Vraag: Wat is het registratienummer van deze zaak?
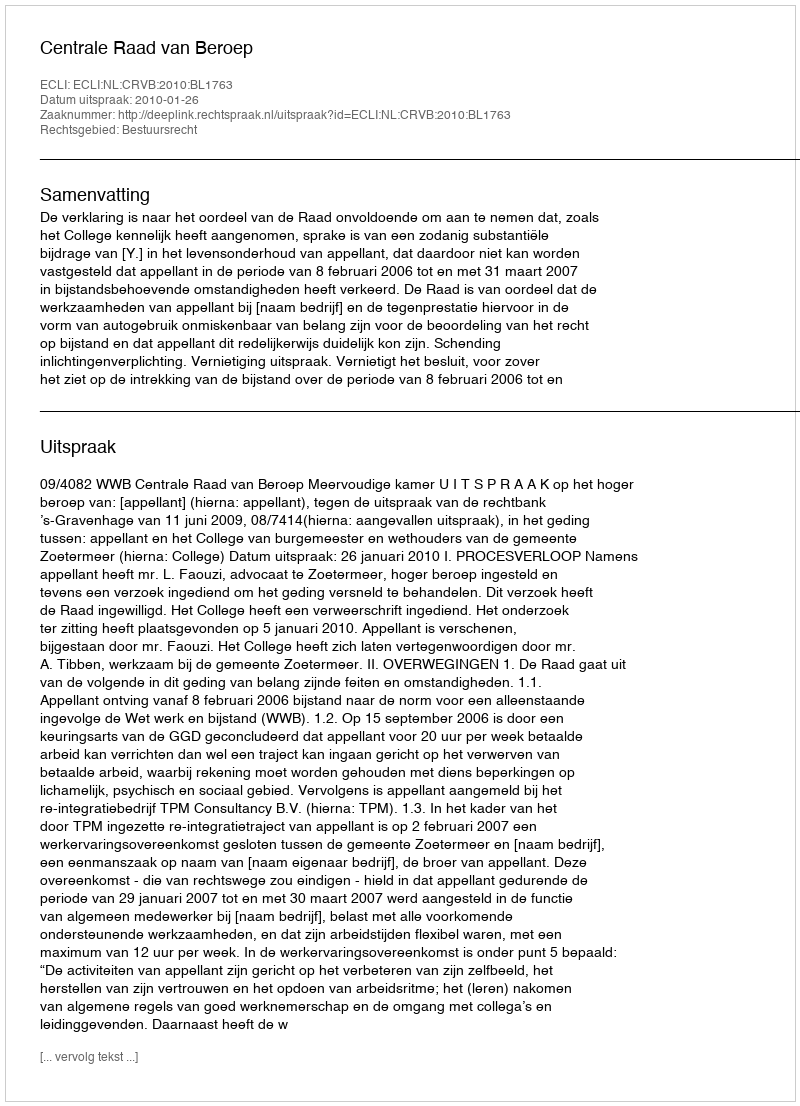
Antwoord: http://deeplink.rechtspraak.nl/uitspraak?id=ECLI:NL:CRVB:2010:BL1763